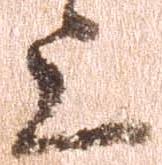
上